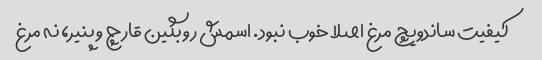
کیفیت ساندویچ مرغ اصلا خوب نبود. اسمش رو بگین قارچ و پنیر، نه مرغ